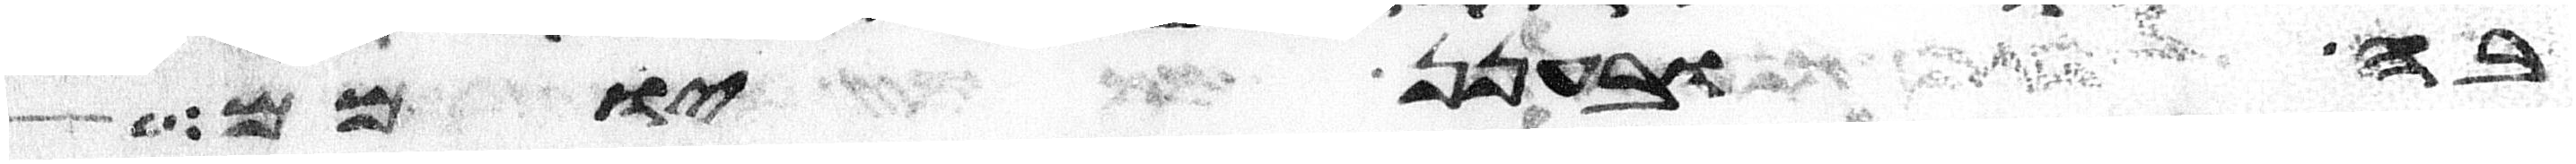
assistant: בה ובענן יומם